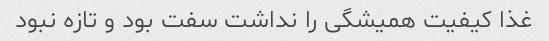
غذا کیفیت همیشگی را نداشت سفت بود و تازه نبود